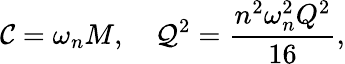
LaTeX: {\cal C}=\omega_{n}M,\ \ \ \ {\cal Q}^{2}=\frac{n^{2}\omega_{n}^{2}Q^{2}}{16},